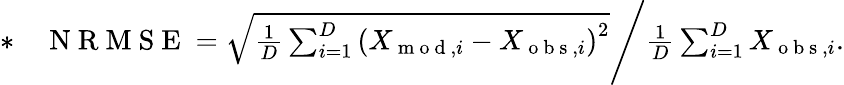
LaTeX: \begin{array}{rl}{*}&{{}\mathrm{~N~R~M~S~E~}=\sqrt{\frac{1}{D}\sum_{i=1}^{D}\left(X_{\mathrm{~m~o~d~},i}-X_{\mathrm{~o~b~s~},i}\right)^{2}}\Bigg/\frac{1}{D}\sum_{i=1}^{D}X_{\mathrm{~o~b~s~},i}.}\end{array}